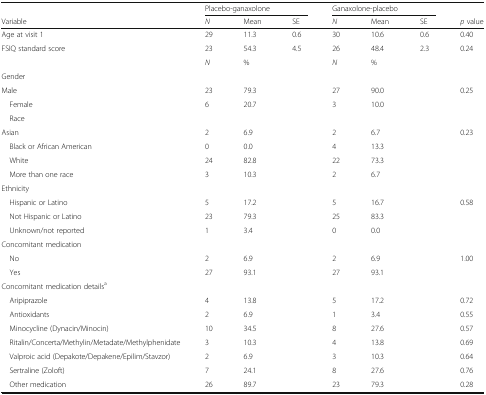
<table><thead><tr><td></td><td colspan="3"><b>Placebo-ganaxolone</b></td><td colspan="3"><b>Ganaxolone-placebo</b></td><td></td></tr><tr><td><b>Variable</b></td><td><b><i>N</i></b></td><td><b>Mean</b></td><td><b>SE</b></td><td><b><i>N</i></b></td><td><b>Mean</b></td><td><b>SE</b></td><td><b><i>p</i> value</b></td></tr></thead><tbody><tr><td>Age at visit 1</td><td>29</td><td>11.3</td><td>0.6</td><td>30</td><td>10.6</td><td>0.6</td><td>0.40</td></tr><tr><td>FSIQ standard score</td><td>23</td><td>54.3</td><td>4.5</td><td>26</td><td>48.4</td><td>2.3</td><td>0.24</td></tr><tr><td></td><td><i>N</i></td><td>%</td><td></td><td><i>N</i></td><td>%</td><td></td><td></td></tr><tr><td colspan="8">Gender</td></tr><tr><td>Male</td><td>23</td><td>79.3</td><td></td><td>27</td><td>90.0</td><td></td><td>0.25</td></tr><tr><td> Female</td><td>6</td><td>20.7</td><td></td><td>3</td><td>10.0</td><td></td><td rowspan="2"></td></tr><tr><td> Race</td><td></td><td></td><td></td><td></td><td></td><td></td></tr><tr><td>Asian</td><td>2</td><td>6.9</td><td></td><td>2</td><td>6.7</td><td></td><td>0.23</td></tr><tr><td> Black or African American</td><td>0</td><td>0.0</td><td></td><td>4</td><td>13.3</td><td></td><td rowspan="3"></td></tr><tr><td> White</td><td>24</td><td>82.8</td><td></td><td>22</td><td>73.3</td><td></td></tr><tr><td> More than one race</td><td>3</td><td>10.3</td><td></td><td>2</td><td>6.7</td><td></td></tr><tr><td colspan="8">Ethnicity</td></tr><tr><td> Hispanic or Latino</td><td>5</td><td>17.2</td><td></td><td>5</td><td>16.7</td><td></td><td>0.58</td></tr><tr><td> Not Hispanic or Latino</td><td>23</td><td>79.3</td><td></td><td>25</td><td>83.3</td><td></td><td rowspan="2"></td></tr><tr><td> Unknown/not reported</td><td>1</td><td>3.4</td><td></td><td>0</td><td>0.0</td><td></td></tr><tr><td colspan="8">Concomitant medication</td></tr><tr><td> No</td><td>2</td><td>6.9</td><td></td><td>2</td><td>6.9</td><td></td><td>1.00</td></tr><tr><td> Yes</td><td>27</td><td>93.1</td><td></td><td>27</td><td>93.1</td><td></td><td></td></tr><tr><td colspan="8">Concomitant medication details<sup>a</sup></td></tr><tr><td> Aripiprazole</td><td>4</td><td>13.8</td><td></td><td>5</td><td>17.2</td><td></td><td>0.72</td></tr><tr><td> Antioxidants</td><td>2</td><td>6.9</td><td></td><td>1</td><td>3.4</td><td></td><td>0.55</td></tr><tr><td> Minocycline (Dynacin/Minocin)</td><td>10</td><td>34.5</td><td></td><td>8</td><td>27.6</td><td></td><td>0.57</td></tr><tr><td> Ritalin/Concerta/Methylin/Metadate/Methylphenidate</td><td>3</td><td>10.3</td><td></td><td>4</td><td>13.8</td><td></td><td>0.69</td></tr><tr><td> Valproic acid (Depakote/Depakene/Epilim/Stavzor)</td><td>2</td><td>6.9</td><td></td><td>3</td><td>10.3</td><td></td><td>0.64</td></tr><tr><td> Sertraline (Zoloft)</td><td>7</td><td>24.1</td><td></td><td>8</td><td>27.6</td><td></td><td>0.76</td></tr><tr><td> Other medication</td><td>26</td><td>89.7</td><td></td><td>23</td><td>79.3</td><td></td><td>0.28</td></tr></tbody></table>